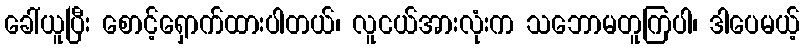
ခေါ်ယူပြီး စောင့်ရှောက်ထားပါတယ်၊ လူငယ်အားလုံးက သဘောမတူကြပါ၊ ဒါပေမယ့်